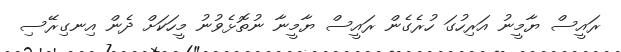
ރައީސް ޔާމީނު އަރިހުގަ ހުރެގެން ރައީސް ޔާމީނާ ނުތޮޅެވުނު މީހަކަށް ދެން އިނގިރޭސި